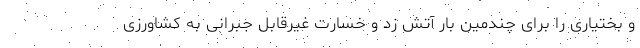
و بختیاری را برای چندمین بار آتش زد و خسارت غیرقابل جبرانی به کشاورزی